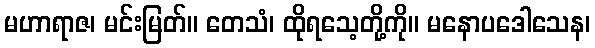
မဟာရာဇ၊ မင်းမြတ်။ တေသံ၊ ထိုရသေ့တို့ကို။ မနောပဒေါသေန၊